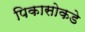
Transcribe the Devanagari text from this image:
पिकासोकडे